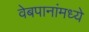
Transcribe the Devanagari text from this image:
वेबपानांमध्ये